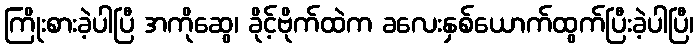
ကြိုးစားခဲ့ပါပြီ အကိုဆွေ၊ ခိုင့်ဗိုက်ထဲက ခလေးနှစ်ယောက်ထွက်ပြီးခဲ့ပါပြီ၊